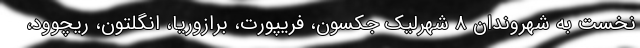
نخست به شهروندان 8 شهرلیک جکسون، فریپورت، برازوریا، انگلتون، ریچوود،